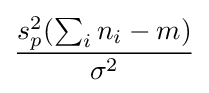
{\frac {s_{p}^{2}(\sum _{i}n_{i}-m)}{\sigma ^{2}}}